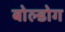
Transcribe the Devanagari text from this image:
बोल्डोग